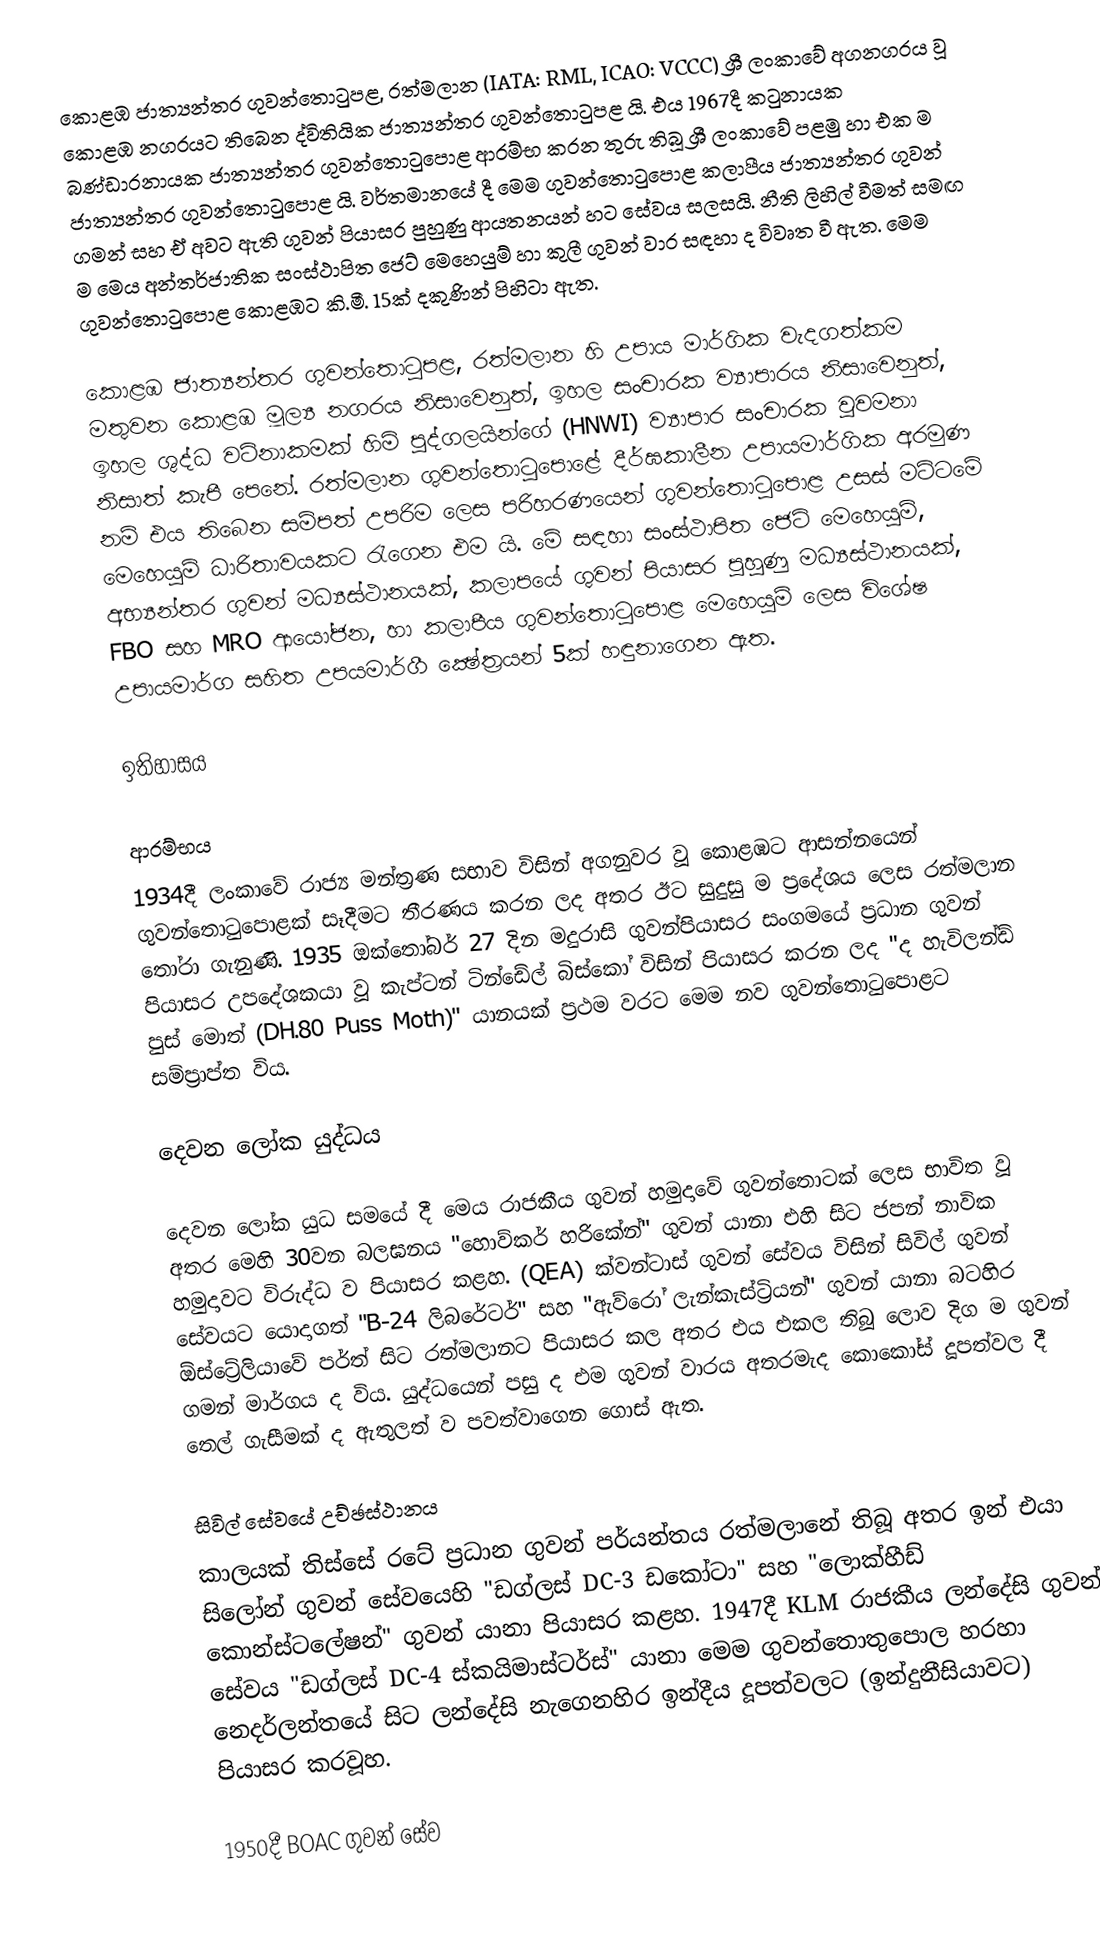
කොළඹ ජාත්‍යන්තර ගුවන්තොටුපළ, රත්මලාන (IATA: RML, ICAO: VCCC) ශ්‍රී ලංකාවේ අගනගරය වූ කොළඹ නගරයට තිබෙන ද්විතියික ජාත්‍යන්තර ගුවන්තොටුපළ යි. එය 1967දී කටුනායක බණ්ඩාරනායක ජාත්‍යන්තර ගුවන්තොටුපොළ ආරම්භ කරන තුරු තිබූ ශ්‍රී ලංකාවේ පළමු හා එක ම ජාත්‍යන්තර ගුවන්තොටුපොළ යි. වර්තමානයේ දී මෙම ගුවන්තොටුපොළ කලාපීය ජාත්‍යන්තර ගුවන් ගමන් සහ ඒ අවට ඇති ගුවන් පියාසර පුහුණු ආයතනයන් හට සේවය සලසයි. නීති ලිහිල් වීමත් සමඟ ම මෙය අන්තර්ජාතික සංස්ථාපිත ජෙට් මෙහෙයුම් හා කුලී ගුවන් වාර සඳහා ද විවෘත වී ඇත. මෙම ගුවන්තොටුපොළ කොළඹට කි.මී. 15ක් දකුණින් පිහිටා ඇත.

කොළඹ ජාත්‍යන්තර ගුවන්තොටුපළ, රත්මලාන හි උපාය මාර්ගික වැදගත්කම මතුවන කොළඹ මූල්‍ය නගරය නිසාවෙනුත්, ඉහල සංචාරක ව්‍යාපාරය නිසාවෙනුත්, ඉහල ශුද්ධ වටිනාකමක් හිමි පුද්ගලයින්ගේ (HNWI) ව්‍යාපාර සංචාරක වුවමනා නිසාත් කැපී පෙනේ. රත්මලාන ගුවන්තොටුපොළේ දීර්ඝකාලීන උපායමාර්ගික අරමුණ නම් එය තිබෙන සම්පත් උපරිම ලෙස පරිහරණයෙන් ගුවන්තොටුපොළ උසස් මට්ටමේ මෙහෙයුම් ධාරිතාවයකට රැගෙන එම යි. මේ සඳහා සංස්ථාපිත ජෙට් මෙහෙයුම්, අභ්‍යන්තර ගුවන් මධ්‍යස්ථානයක්, කලාපයේ ගුවන් පියාසර පුහුණු මධ්‍යස්ථානයක්, FBO සහ MRO ආයෝජන, හා කලාපීය ගුවන්තොටුපොළ මෙහෙයුම් ලෙස විශේෂ උපායමාර්ග සහිත උපයමාර්ගී ක්‍ෂේත්‍රයන් 5ක් හඳුනාගෙන ඇත.

ඉතිහාසය

ආරම්භය
1934දී ලංකාවේ රාජ්‍ය මන්ත්‍රණ සභාව විසින් අගනුවර වූ කොළඹට ආසන්නයෙන් ගුවන්තොටුපොළක් සෑදීමට තීරණය කරන ලද අතර ඊට සුදුසු ම ප්‍රදේශය ලෙස රත්මලාන තෝරා ගැනුණි. 1935 ඔක්තෝබර් 27 දින මදුරාසි ගුවන්පියාසර සංගමයේ ප්‍රධාන ගුවන් පියාසර උපදේශකයා වූ කැප්ටන් ටින්ඩේල් බිස්කෝ විසින් පියාසර කරන ලද "ද හැවිලන්ඩ් පුස් මොත් (DH.80 Puss Moth)" යානයක් ප්‍රථම වරට මෙම නව ගුවන්තොටුපොළට සම්ප්‍රාප්ත විය.

දෙවන ලෝක යුද්ධය

දෙවන ලෝක යුධ සමයේ දී මෙය රාජකීය ගුවන් හමුදාවේ ගුවන්තොටක් ලෙස භාවිත වූ අතර මෙහි 30වන බලඝනය "හොව්කර් හරිකේන්" ගුවන් යානා එහි සිට ජපන් නාවික හමුදාවට විරුද්ධ ව පියාසර කළහ. (QEA) ක්වන්ටාස් ගුවන් සේවය විසින් සිවිල් ගුවන් සේවයට යොදාගත් "B-24 ලිබරේටර්" සහ "ඇව්රෝ ලැන්කැස්ට්‍රියන්" ගුවන් යානා බටහිර ඕස්ට්‍රේලියාවේ පර්ත් සිට රත්මලානට පියාසර කල අතර එය එකල තිබූ ලොව දිග ම ගුවන් ගමන් මාර්ගය ද විය. යුද්ධයෙන් පසු ද එම ගුවන් වාරය අතරමැද කොකෝස් දූපත්වල දී තෙල් ගැසීමක් ද ඇතුලත් ව පවත්වාගෙන ගොස් ඇත.

සිවිල් සේවයේ උච්ඡස්ථානය
කාලයක් තිස්සේ රටේ ප්‍රධාන ගුවන් පර්යන්තය රත්මලානේ තිබූ  අතර ඉන් එයා සිලෝන් ගුවන් සේවයෙහි "ඩග්ලස් DC-3 ඩකෝටා" සහ "ලොක්හීඩ් කොන්ස්ටලේෂන්" ගුවන් යානා පියාසර කළහ. 1947දී KLM රාජකීය ලන්දේසි ගුවන් සේවය "ඩග්ලස් DC-4 ස්කයිමාස්ටර්ස්" යානා මෙම ගුවන්තොතුපොල හරහා නෙදර්ලන්තයේ සිට ලන්දේසි නැගෙනහිර ඉන්දීය දූපත්වලට (ඉන්දුනීසියාවට) පියාසර කරවූහ.

1950දී BOAC ගුවන් සේව